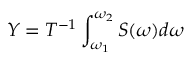
Y = T ^ { - 1 } \int _ { \omega _ { 1 } } ^ { \omega _ { 2 } } S ( \omega ) d \omega